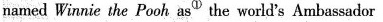
named Winnie the Pooh asΦ the world's Ambassador